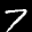
Label: 7